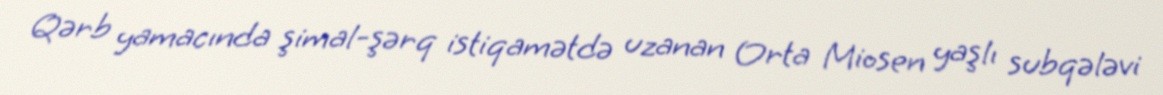
Qərb yamacında şimal-şərq istiqamətdə uzanan Orta Miosen yaşlı subqələvi